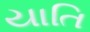
યાતિ